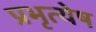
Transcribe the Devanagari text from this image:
प्रभृत्येष